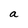
Character: a